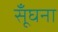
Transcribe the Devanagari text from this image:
सूँघना